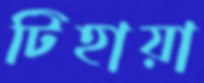
টিহায়া